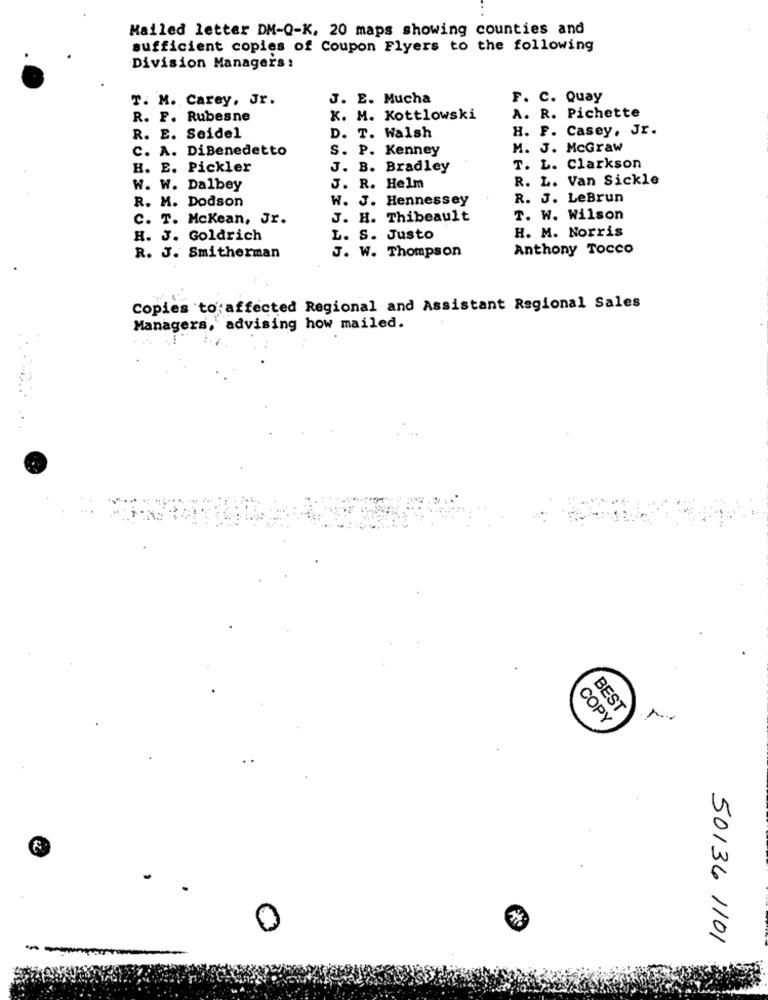
Mailed letter DM-Q-K. 20 maps showing counties and
sufficient copies of Coupon Flyers to the following
Division Managers :
T. M. Carey, Jr.
J. E. Mucha
F. C. Quay
R. F. Rubesne
K. M. Kottlowski
A. R. Pichette
H. F. Casey, Jr.
R. E. Seidel
D. T. Walsh
C. A. DiBenedetto
S. P. Kenney
M. J. McGraw
H. E. Pickler
J. B. Bradley
T. L. Clarkson
R. L. Van Sickle
W. W. Dalbey
J. R. Helm
R. M. Dodson
W. J. Hennessey
R. J. LeBrun
C. T. Mckean, Jr.
J. H. Thibeault
T. W. Wilson
H. M. Norris
H. J. Goldrich
L. S. Justo
Anthony Tocco
R. J. Smitherman
J. W. Thompson
Copies to affected Regional and Assistant Regional Sales
Managers, advising how mailed.
BEST
COPY
0
50136 1101